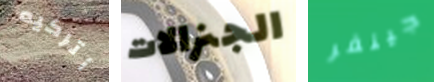
أتركيه الجنرالات جينفر